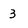
Character: 3